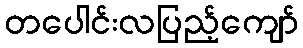
တပေါင်းလပြည့်ကျော်